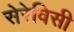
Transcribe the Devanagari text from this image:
सेरेविसी